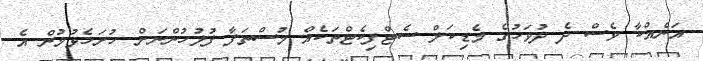
އަނެއްކާ ވެސް ދެ ދުވަހުގެ މެޑިކަލް ސެޓްފިކެޓްތަކެއް މުސްތަފާ ފުލުހުންނަށް ހުށަހެޅުމުން އެ